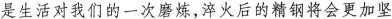
是生活对我们的一次磨炼，淬火后的精钢将会更加坚